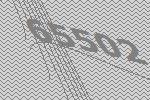
65502